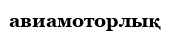
авиамоторлық